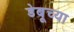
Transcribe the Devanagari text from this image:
डेबूच्या